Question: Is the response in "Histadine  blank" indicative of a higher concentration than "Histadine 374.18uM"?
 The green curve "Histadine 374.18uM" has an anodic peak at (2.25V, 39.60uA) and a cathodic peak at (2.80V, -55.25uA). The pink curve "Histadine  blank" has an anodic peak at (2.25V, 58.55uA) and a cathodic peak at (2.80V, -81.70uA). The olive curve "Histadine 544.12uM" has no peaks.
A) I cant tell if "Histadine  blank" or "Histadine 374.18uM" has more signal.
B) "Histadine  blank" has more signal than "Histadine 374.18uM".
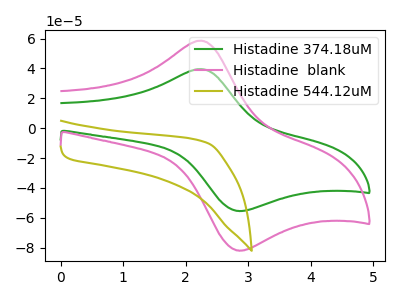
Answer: <think>All the peaks in "Histadine  blank" have a peak in "Histadine 374.18uM" at the same potential. Every peak in "Histadine  blank" is higher than every peak in "Histadine 374.18uM".
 </think>
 <answer>B) "Histadine  blank" has more signal than "Histadine 374.18uM".</answer>
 <eval>B</eval>